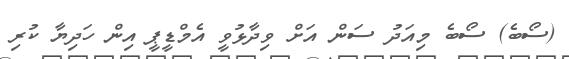
(ސޯބެ) ސޯބެ މިއަދު ސަން އަށް ވިދާޅުވީ އެމްޑީޕީ އިން ހަދިޔާ ކުރި